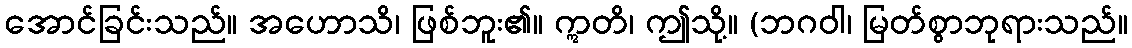
အောင်ခြင်းသည်။ အဟောသိ၊ ဖြစ်ဘူး၏။ ဣတိ၊ ဤသို့။ (ဘဂဝါ၊ မြတ်စွာဘုရားသည်။